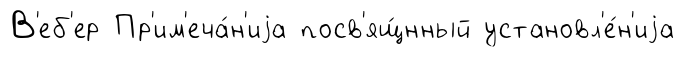
В'еб'ер Пр'им'еча́н'иjа посв'ящ́нный установл'е́н'иjа